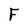
Character: F